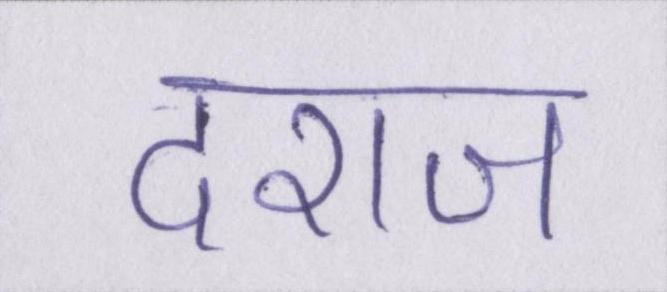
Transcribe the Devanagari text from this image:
दराज